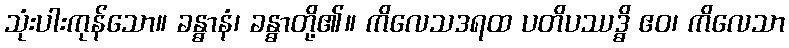
သုံးပါးကုန်သော။ ခန္ဓာနံ၊ ခန္ဓာတို့၏။ ကိလေသဒရထ ပတိပဿဒ္ဓိ ဧဝ၊ ကိလေသာ